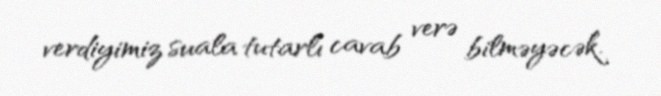
verdiyimiz suala tutarlı cavab verə bilməyəcək.